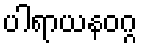
ပါရာယနဝဂ္ဂ